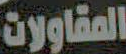
المقاولات